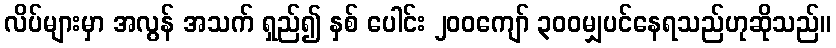
လိပ်များမှာ အလွန် အသက် ရှည်၍ နှစ် ပေါင်း ၂၀၀ကျော် ၃၀၀မျှပင်နေရသည်ဟုဆိုသည်။